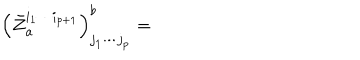
\left( \bar { Z } _ { a } ^ { i _ { 1 } \cdots i _ { p + 1 } } \right) _ { j _ { 1 } \cdots j _ { p } } ^ { b } =